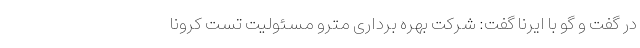
در گفت و گو با ایرنا گفت: شرکت بهره برداری مترو مسئولیت تست کرونا